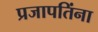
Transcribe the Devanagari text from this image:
प्रजापतिंना